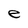
Character: e